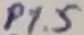
Text: P1.5